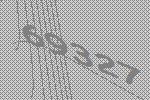
69327